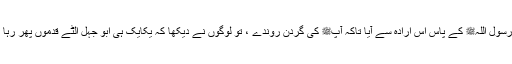
پھر جب آپ ﷺ نماز پڑھ رہے تھے ، وہ رسول اللہﷺ کے پاس اس ارادہ سے آیا تاکہ آپﷺ کی گردن روندے ، تو لوگوں نے دیکھا کہ یکایک ہی ابو جہل الٹے قدموں پھر رہا ہے اور ہاتھ سے کسی چیز سے بچتا ہے۔